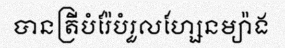
បានត្រីបំរ៉ែបំរួលហ្សែនម្យ៉ាង